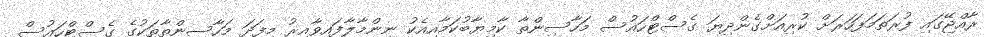
ރާއްޖޭގައި ފުރަތަމަފަހަރަށް ކުރިއަށްގެންދިޔަ ގެސްޓްހައުސް މަހާސިންތާ ކާމިޔާބުކަމާއިއެކު ނިންމާލާފައިވާއިރު މިފަދަ މަހާސިންތާތަކުގެ ގެސްޓްހައުސް